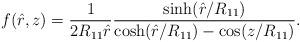
LaTeX: \begin{align*}f(\hat r,z)=\frac{1}{2 R_{11} \hat r}\frac{\sinh(\hat r/R_{11})}{\cosh(\hat r/R_{11})- \cos(z/R_{11})}.\end{align*}